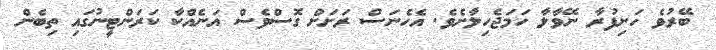
ބޭރުވެ ހަށިފުރާ ނޭވާލާ ހަމަޖެހިލާށެވެ. އެހެނަސް ރަށަށް ގޮސްވެސް އަނެއްކާ ކަރަންޓީނުގައި ތިބެން